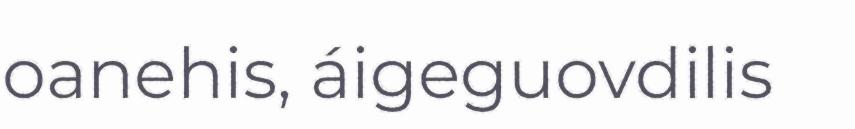
oanehis, áigeguovdilis